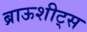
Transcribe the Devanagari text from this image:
ब्राऊशीट्स